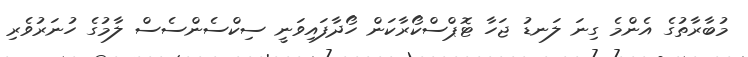
މުބާރާތުގެ އެންމެ ގިނަ ލަނޑު ޖަހާ ޓޮޕްސްކޯރާކަން ހޯދާފައިވަނީ ސިކްސެންސެސް ލާމުގެ ހުނަރުވެރި